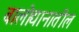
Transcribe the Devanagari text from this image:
बालोद्यानातील